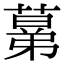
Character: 𦸫